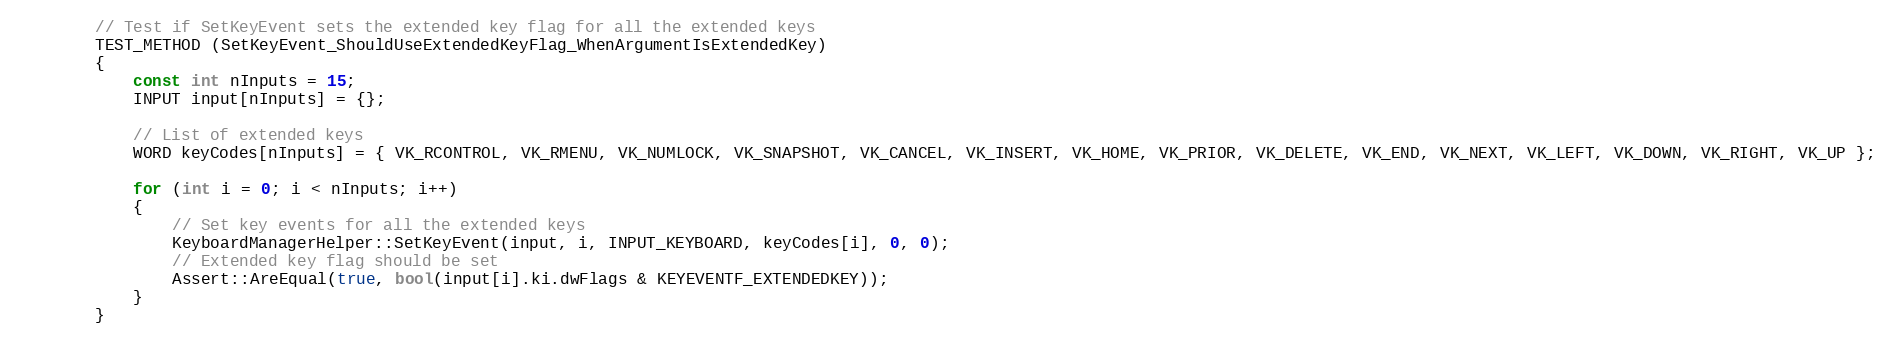
Language: C++
        // Test if SetKeyEvent sets the extended key flag for all the extended keys
        TEST_METHOD (SetKeyEvent_ShouldUseExtendedKeyFlag_WhenArgumentIsExtendedKey)
        {
            const int nInputs = 15;
            INPUT input[nInputs] = {};

            // List of extended keys
            WORD keyCodes[nInputs] = { VK_RCONTROL, VK_RMENU, VK_NUMLOCK, VK_SNAPSHOT, VK_CANCEL, VK_INSERT, VK_HOME, VK_PRIOR, VK_DELETE, VK_END, VK_NEXT, VK_LEFT, VK_DOWN, VK_RIGHT, VK_UP };

            for (int i = 0; i < nInputs; i++)
            {
                // Set key events for all the extended keys
                KeyboardManagerHelper::SetKeyEvent(input, i, INPUT_KEYBOARD, keyCodes[i], 0, 0);
                // Extended key flag should be set
                Assert::AreEqual(true, bool(input[i].ki.dwFlags & KEYEVENTF_EXTENDEDKEY));
            }
        }